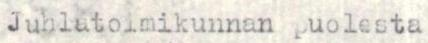
Juhlatoimikunnan puolesta